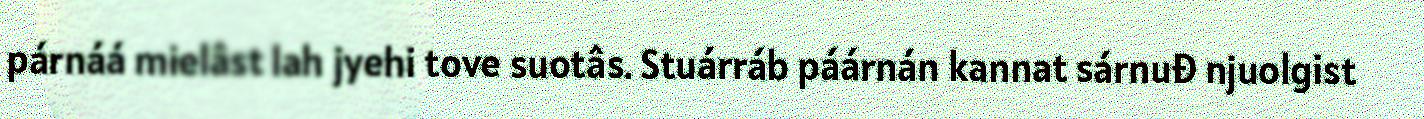
párnáá mielâst lah jyehi tove suotâs. Stuárráb páárnán kannat sárnuđ njuolgist